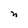
Character: n